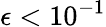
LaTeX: \epsilon<10^{-1}